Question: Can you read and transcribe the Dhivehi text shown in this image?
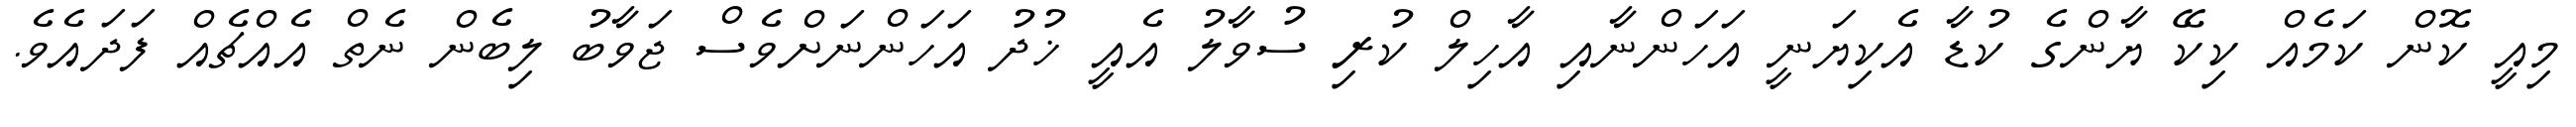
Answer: މިއީ ކޮން ކަމެއް ކިކޭ ޔާންގެ ކުޑާ އެކިޔަނީ އަހަންނާއި އާހިލް ކުރި ސުވާލު އެއީ ޚުދު އަހަންނަށްވެސް ޖަވާބު ލިބެން ނެތް އެއްޗެއް ފަދައެވެ.